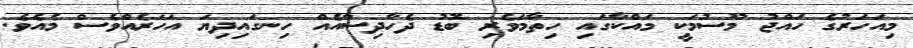
މިއަހަރުގެ ހައްޖު މޫސުމަކީ މައްކާގައި ހިތާމަވެރި ބޮޑު ދެހާދިސާއެއް ހިނގައިދިޔަ އަހަރެއްވެސް މެއެވެ.